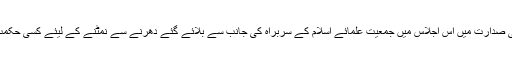
زرائع کے مطابق وزیراعظم کی صدارت میں اس اجلاس میں جمعیت علمائے اسلام کے سربراہ کی جانب سے بلائے گئے دھرنے سے نمٹنے کے لیئے کسی حکمت عملی پر بات چیت نہیں ہوئی۔